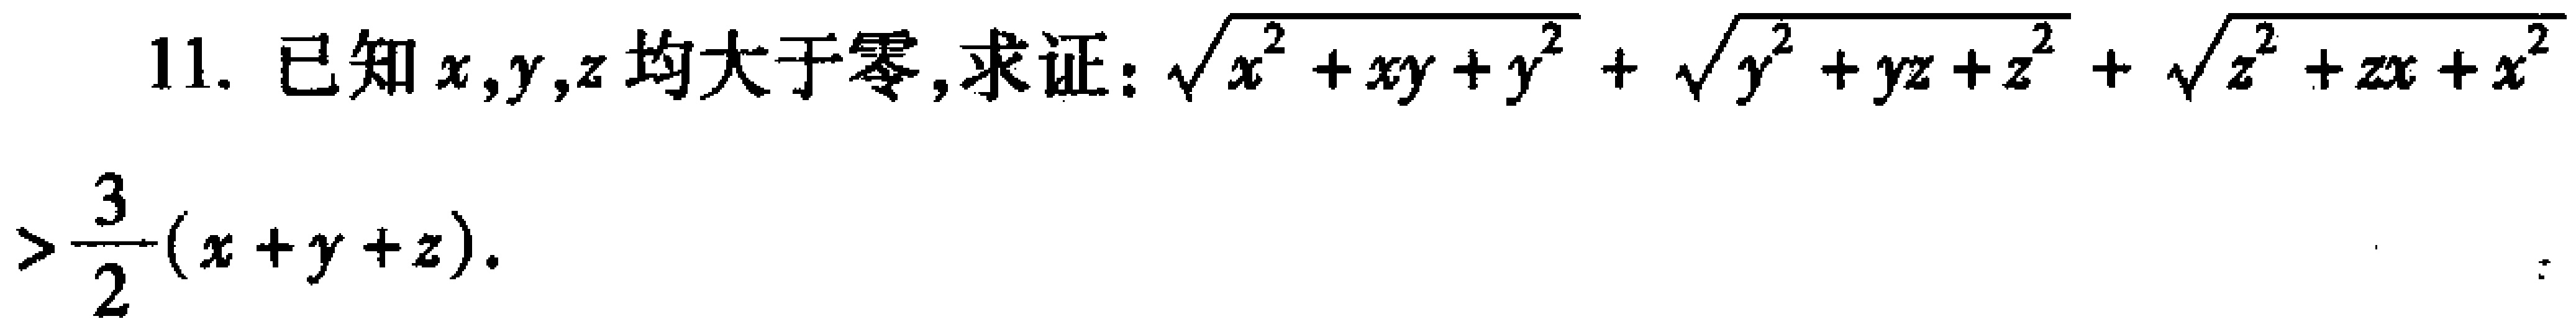
已知\(x,y,z\)均大于零,求证：\(\sqrt{x^{2}+xy + y^{2}}+\sqrt{y^{2}+yz + z^{2}}+\sqrt{z^{2}+zx + x^{2}}>\frac{3}{2}(x + y + z)\)